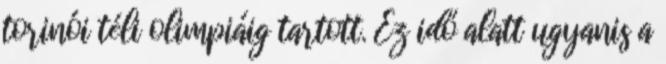
torinói téli olimpiáig tartott. Ez idő alatt ugyanis a